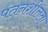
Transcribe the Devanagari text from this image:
पतनशीलता